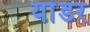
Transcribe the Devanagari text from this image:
यांडर